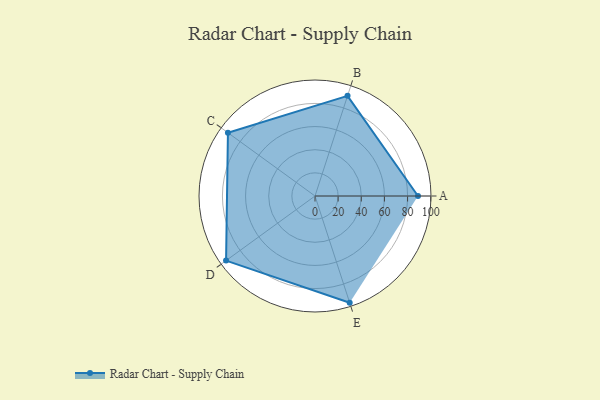
{"axis": {"x": "Skill", "y": "Score"}, "legend": ["Profile"], "data": [{"x": "A", "y": 89.0, "type": "Profile"}, {"x": "B", "y": 91.0, "type": "Profile"}, {"x": "C", "y": 93.0, "type": "Profile"}, {"x": "D", "y": 95.0, "type": "Profile"}, {"x": "E", "y": 97.0, "type": "Profile"}]}